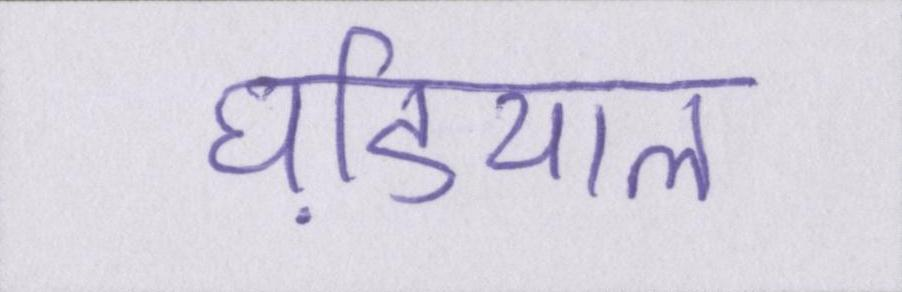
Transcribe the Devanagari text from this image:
घडि़याल